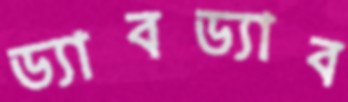
ড্যাবড্যাব